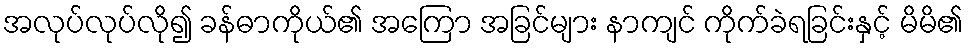
အလုပ်လုပ်လို၍ ခန်ဓာကိုယ်၏ အကြော အခြင်များ နာကျင် ကိုက်ခဲရခြင်းနှင့် မိမိ၏